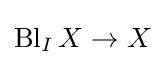
\operatorname {Bl} _{I}X\to X